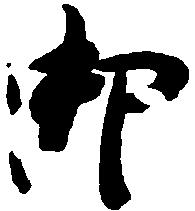
御